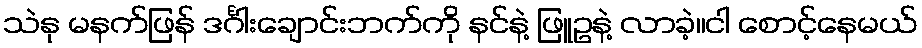
သဲနု မနက်ဖြန် ဒင်္ဂါးချောင်းဘက်ကို နင်နဲ့ ဖြူဥနဲ့ လာခဲ့။ငါ စောင့်နေမယ်